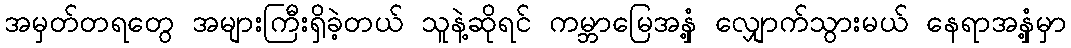
အမှတ်တရတွေ အများကြီးရှိခဲ့တယ် သူနဲ့ဆိုရင် ကမ္ဘာမြေအနှံ့ လျှောက်သွားမယ် နေရာအနှံ့မှာ